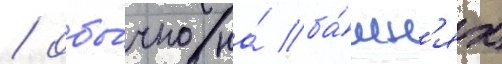
/ обы́чно на́ ба́шн'ях